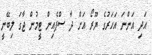
އަދި އަންނަ އަހަރުގެ ޔޫރޯ އަށް ދާ ސްޕެއިން ޓީމުން ޖާގަ ލިބޭނީ